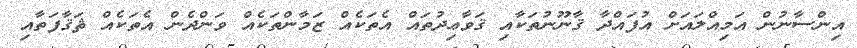
އިންސާނުން އަމިއްލައަށް އުފައްދާ ޤާނޫނުތަކާއި ޤަވާޢިދުތައް އެތަކެއް ޒަމާންތަކެއް ވަންދެން އެތަކެއް ޘަޤާފަތާއި